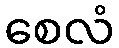
စေလံ